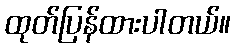
ထုတ်ပြန်ထားပါတယ်။